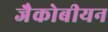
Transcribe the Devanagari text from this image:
जैकोबीयन